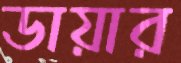
ডায়ার